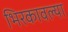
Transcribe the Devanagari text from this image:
भिरकावल्या